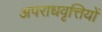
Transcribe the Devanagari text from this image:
अपराधवृत्तियों